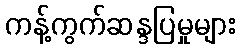
ကန့်ကွက်ဆန္ဒပြမှုများ